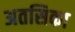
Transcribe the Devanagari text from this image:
अतसिका